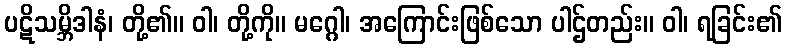
ပဋိသမ္ဘိဒါနံ၊ တို့၏။ ဝါ၊ တို့ကို။ မဂ္ဂေါ၊ အကြောင်းဖြစ်သော ပါဌ်တည်း။ ဝါ၊ ရခြင်း၏